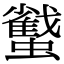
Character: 𧓷